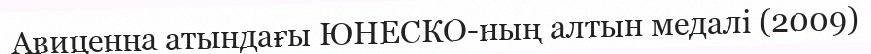
Авиценна атындағы ЮНЕСКО-ның алтын медалі (2009)